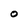
Character: o